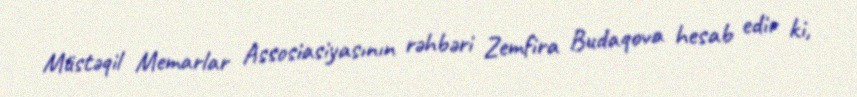
Müstəqil Memarlar Assosiasiyasının rəhbəri Zemfira Budaqova hesab edir ki,